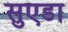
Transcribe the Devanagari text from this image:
सुएडा